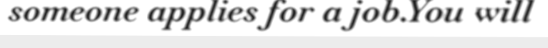
someone applies for a job.You will